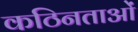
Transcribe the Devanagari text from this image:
कठिनताओं